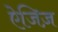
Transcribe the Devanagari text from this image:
ऐजिज़